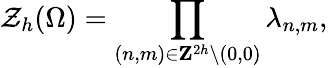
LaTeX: {\cal Z}_{h}(\Omega)=\prod_{(n,m)\in{\mathbf Z}^{2h}\backslash{(0,0)}}\lambda_{n,m},